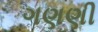
ગણણી